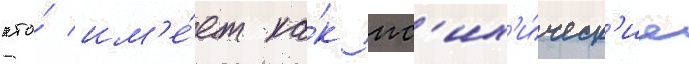
кто́ им'е́ет ка́к пс'их'и́ческ'ие